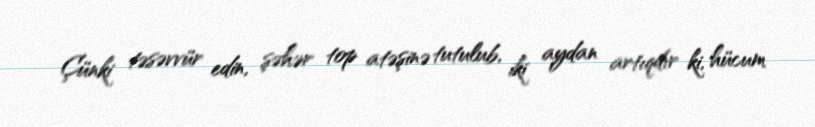
Çünki təsəvvür edin, şəhər top atəşinə tutulub, iki aydan artıqdır ki, hücum